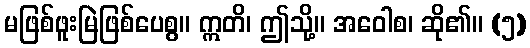
မဖြစ်ဖူးမြဲဖြစ်ပေစွ။ ဣတိ၊ ဤသို့။ အဝေါစ၊ ဆို၏။ (၅)